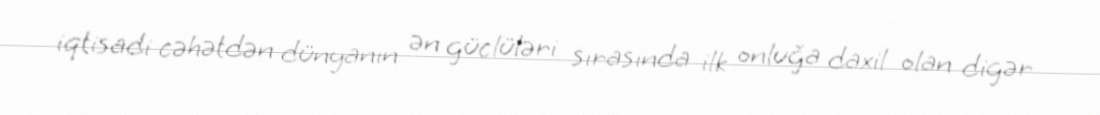
iqtisadi cəhətdən dünyanın ən güclüləri sırasında ilk onluğa daxil olan digər